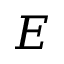
E